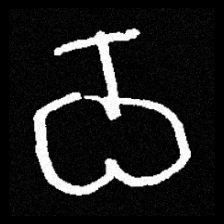
Pyu character \u2014 Myanmar letter: ဝ (romanized: wa)